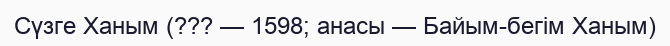
Сүзге Ханым (??? — 1598; анасы — Байым-бегім Ханым)